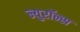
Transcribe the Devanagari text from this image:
न्युरॉन्स